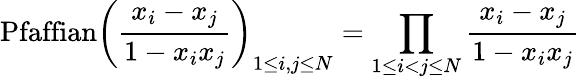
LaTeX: \mathrm{Pfaffian}\left({\frac{x_{i}-x_{j}}{1-x_{i}x_{j}}}\right)_{1\le i,j\le N}=\prod_{1\le i<j\le N}{\frac{x_{i}-x_{j}}{1-x_{i}x_{j}}}